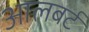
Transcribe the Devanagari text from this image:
आलबर्ट